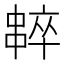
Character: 𠁸